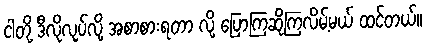
ငါတို့ ဒီလိုလုပ်လို့ အစာစားရတာ လို့ ပြောကြဆိုကြလိမ့်မယ် ထင်တယ်။